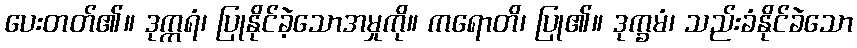
ပေးတတ်၏။ ဒုက္ကရံ၊ ပြုနိုင်ခဲ့သောအမှုကို။ ကရောတိ၊ ပြု၏။ ဒုက္ခမံ၊ သည်းခံနိုင်ခဲသော